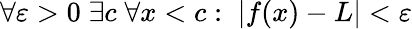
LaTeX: \forall\varepsilon>0\; \exists c\; \forall x<c:\; |f(x)-L|<\varepsilon